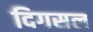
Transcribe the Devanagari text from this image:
दिगसल